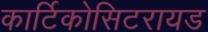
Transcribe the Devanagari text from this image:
कार्टिकोसिटरायड